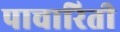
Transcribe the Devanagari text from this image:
पाचारिती